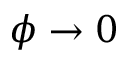
\phi \rightarrow 0